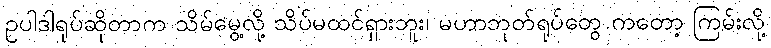
ဥပါဒါရုပ်ဆိုတာက သိမ်မွေ့လို့ သိပ်မထင်ရှားဘူး၊ မဟာဘုတ်ရုပ်တွေ ကတော့ ကြမ်းလို့